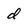
Character: d